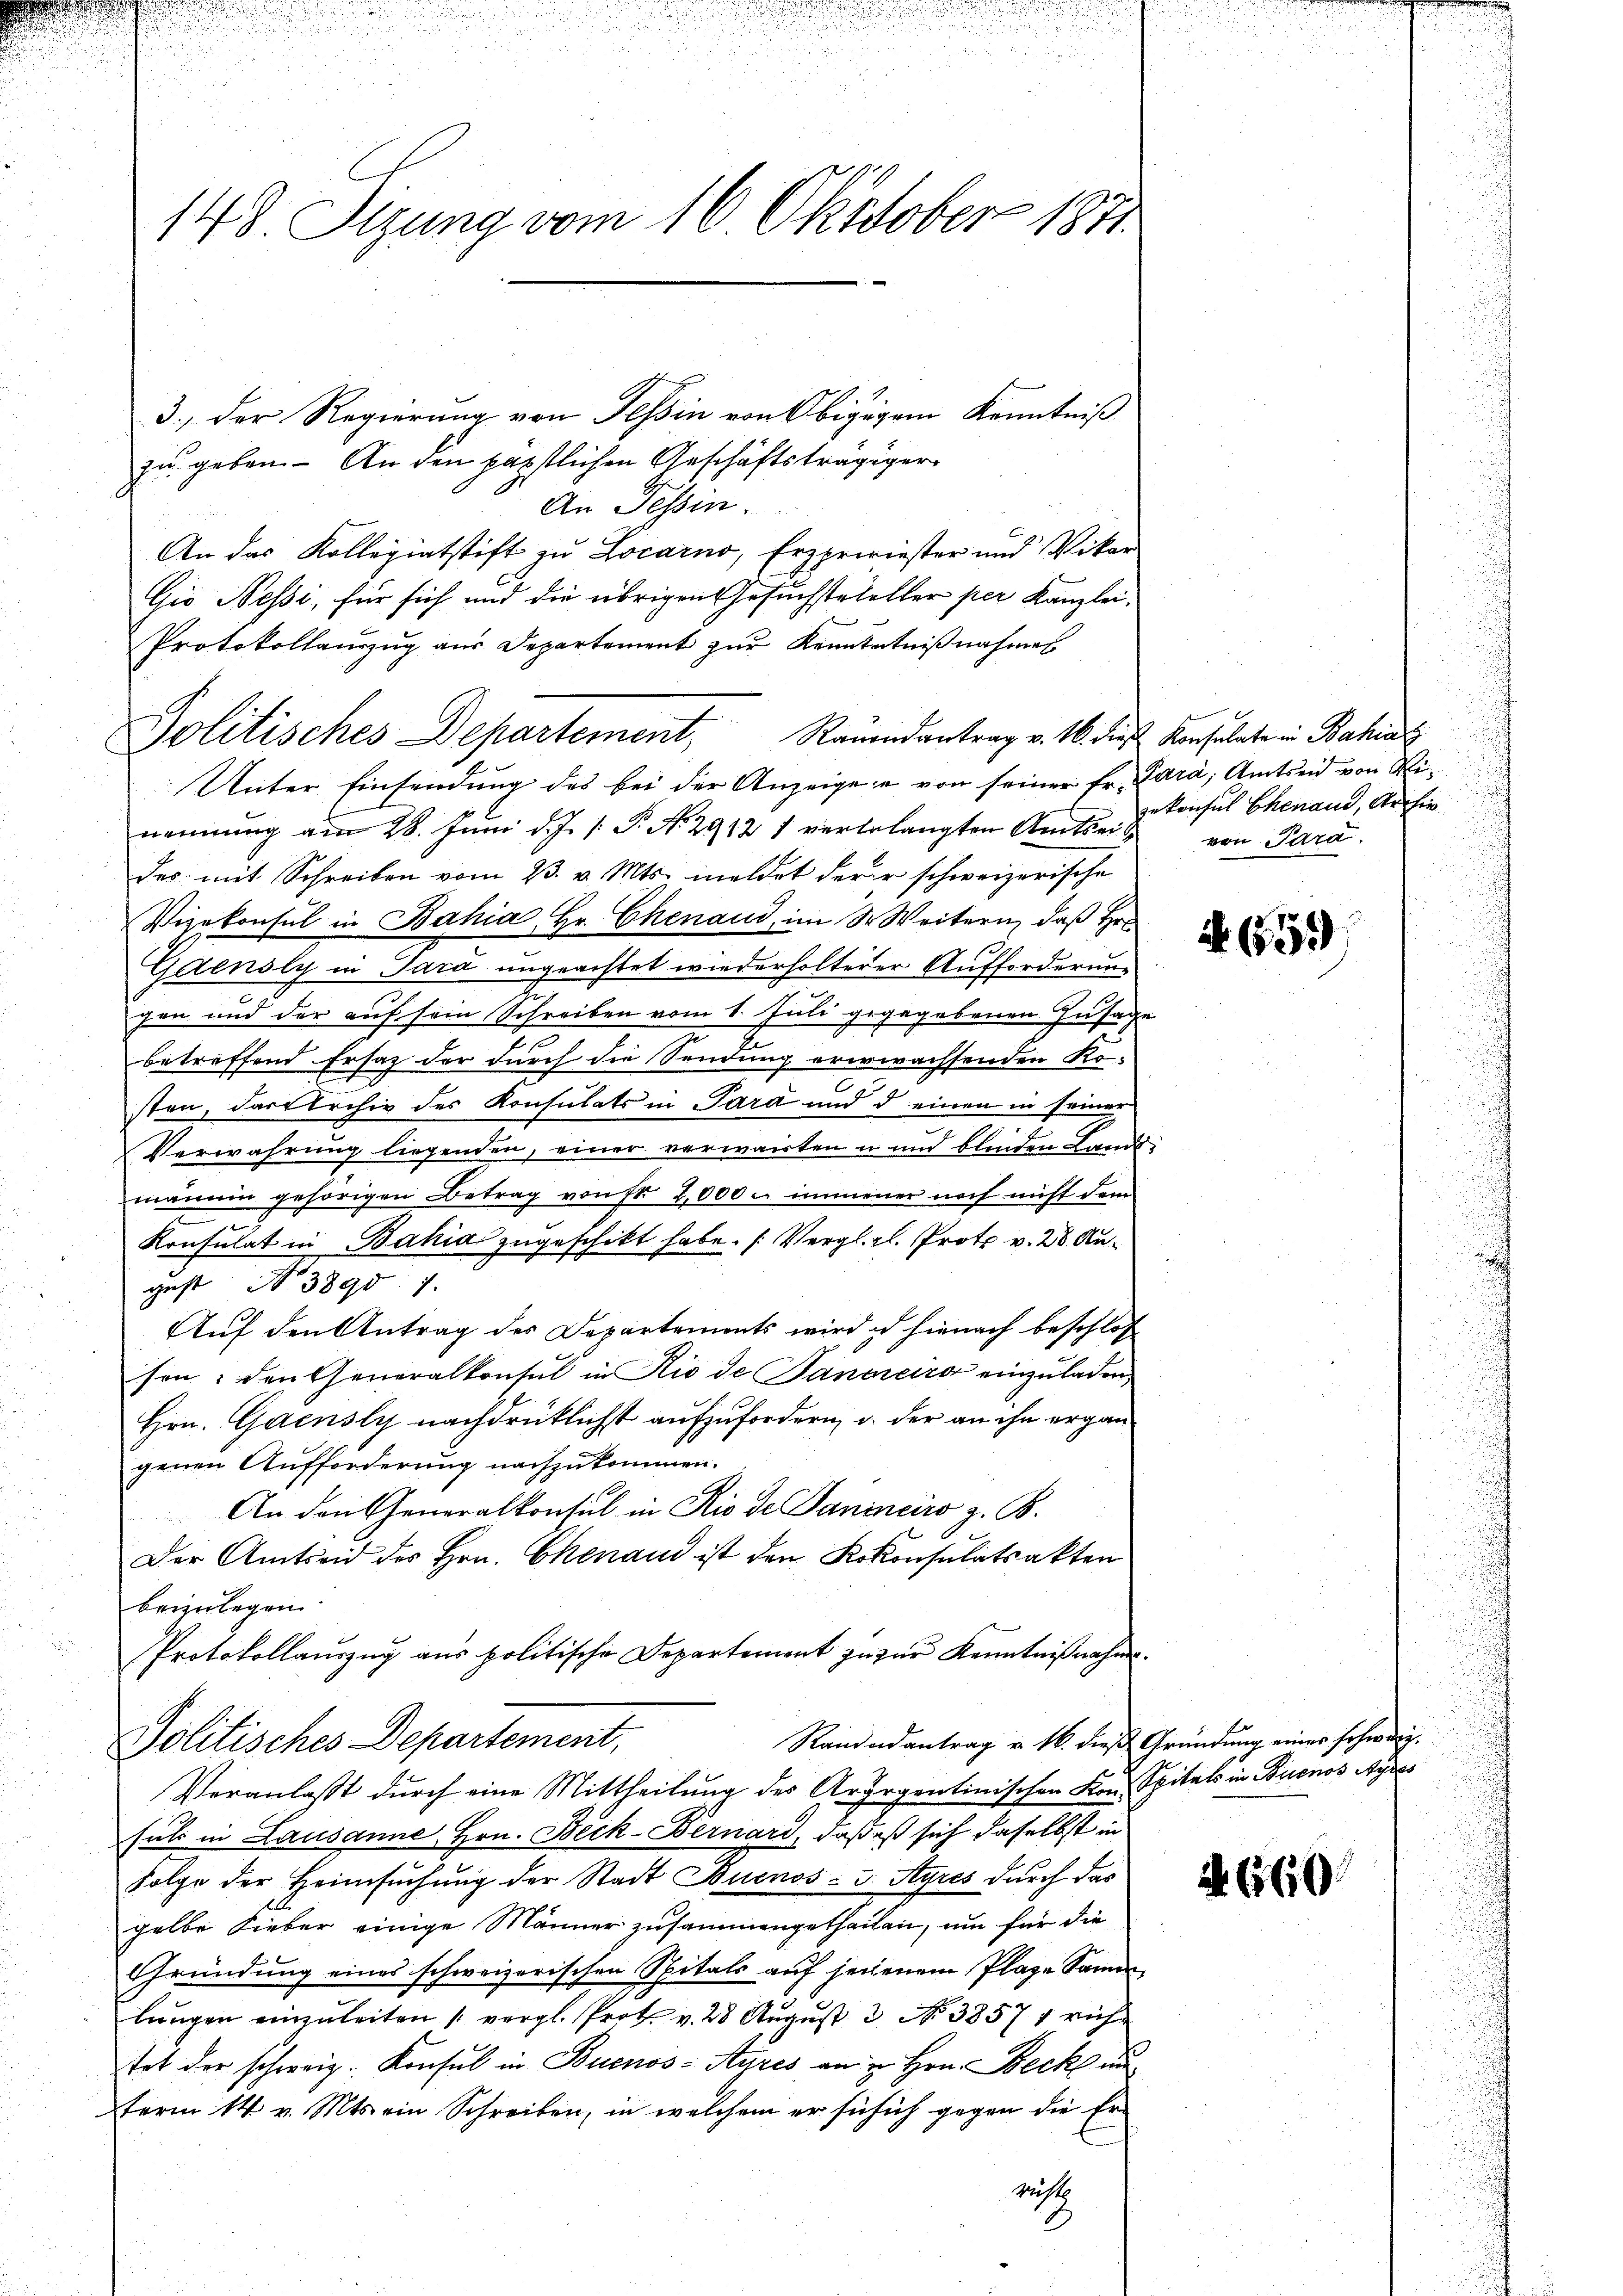
148 Sizung vom 16. Oktober 1811

3.) Der Regierung von Tessin von Obigigem Kenntniß
zu geben. - An den päpstlichen Geschäftsträgiger
An Tessin.
An das Kollegiatstift zu Locarno, Erzpririester und Vikar
Gio Nessi, für sich und die übrigen Gesuchsteheller per Kanzlei¬
Protokollauszug aus Departement zur Kenntntnißnahmes
Politisches Departement, Ramandantrag v. 16. die Konsulate in Bahia
Unter Einsendung des bei der Anzeigen von seiner Fr. Para, Amtseid von Winennung am 28. Juni d. J. P. N. 2912 1 verbelangten Amtseit von Para
des mit Schreiben vom 23. v. Mts. meldet derer schweizerische
Vizekonsul in Bahia, Hr. Chenau, im S. Weitern, daß Hr.
Gaensly in Sara ungeachtet wiederholterer Aufforderung
gen und der auf sein Schreiben vom 1. Juli gegegebenen Zusage
betreffend Ersatz der durch die Sendung ererwachsenden Ko-
c
sten, darferchiv des Konsulats in Sara und d einen in seiner
Verwahrung liegenden, einer verwarten u und blinden Lands
mannen gehörigen Betrag von fl. 2,000 u. immener noch nicht dem

Konsulat in Bahia zugeschikt habe. (Vergl. el. Prote v. 28. August No 3890: 7.
Auf den Antrag des Departements wird es hienach beschlos
fen: den Generalkonsul in Rio de Panoreiro einzŭladen,
Hrn. Gacnsly nachdrücklichst aufzufordern u. der an ihn ergängenen Aufforderung nachzukommen.
An den Generalkonsul in Rio de Saninciro z. B.
Der Amtseid des Hrn. Chenau ist den Kokonsulatsakten
beizulegen
Protokollauszug aus politische Departement zu zur Kenntnißnahme.
Randarantrag v. 16. dieß Gründung eines schweiz.
Politisches Departement,
Veranlasst durch eine Mittheilung des Argegentinischen Kon. Spitals in Buenos Ayres
sul in Lausanne, Hrn. Beck-Bernard, daß es sich daselbst in
Folge der Heimsuchung der Stadt Buenos- u. Syres durch das
gelbe Lieber einige Männer zusammengetheilen, um für die
Gründung eines schweizerischen Spitals auf jenenem Plaze Samen
lungen einzuleiten (vergl. Prot. v. 28 August 3. No 38571 rich
tot der schweiz. Konsul in Buenos-Ayres an in Hrn. Beck un
term 14. v. Mts. ein Schreiben, in welchem er sie sich gegen die Erricht

zekonsul Ehemand, Archie

N. 659

A 660